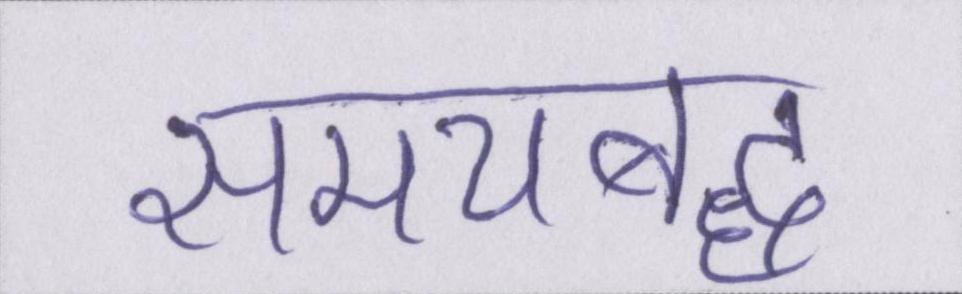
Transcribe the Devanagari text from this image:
समयबद्ध